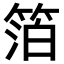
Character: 箔